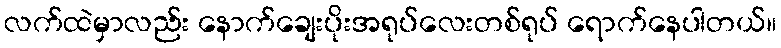
လက်ထဲမှာလည်း နောက်ချေးပိုးအရုပ်လေးတစ်ရုပ် ရောက်နေပါတယ်။